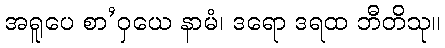
အရူပေ စာ’ဝှယေ နာမံ၊ ဒရော ဒရထ ဘီတိသု။